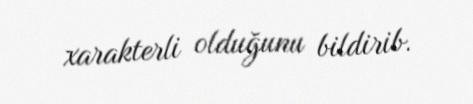
xarakterli olduğunu bildirib.